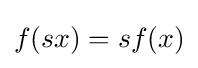
{\textstyle f(sx)=sf(x)}